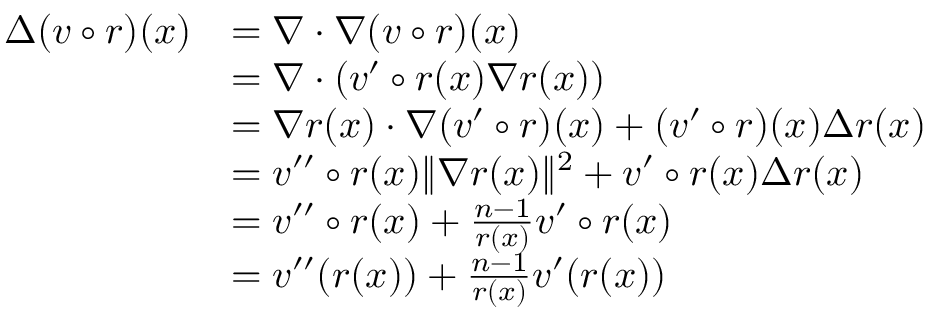
\begin{array} { r l } { \Delta ( v \circ r ) ( x ) } & { = \nabla \cdot \nabla ( v \circ r ) ( x ) } \\ & { = \nabla \cdot \left( v ^ { \prime } \circ r ( x ) \nabla r ( x ) \right) } \\ & { = \nabla r ( x ) \cdot \nabla ( v ^ { \prime } \circ r ) ( x ) + ( v ^ { \prime } \circ r ) ( x ) \Delta r ( x ) } \\ & { = v ^ { \prime \prime } \circ r ( x ) \| \nabla r ( x ) \| ^ { 2 } + v ^ { \prime } \circ r ( x ) \Delta r ( x ) } \\ & { = v ^ { \prime \prime } \circ r ( x ) + \frac { n - 1 } { r ( x ) } v ^ { \prime } \circ r ( x ) } \\ & { = v ^ { \prime \prime } ( r ( x ) ) + \frac { n - 1 } { r ( x ) } v ^ { \prime } ( r ( x ) ) } \end{array}